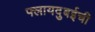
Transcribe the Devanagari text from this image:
फ्लायदुबईची